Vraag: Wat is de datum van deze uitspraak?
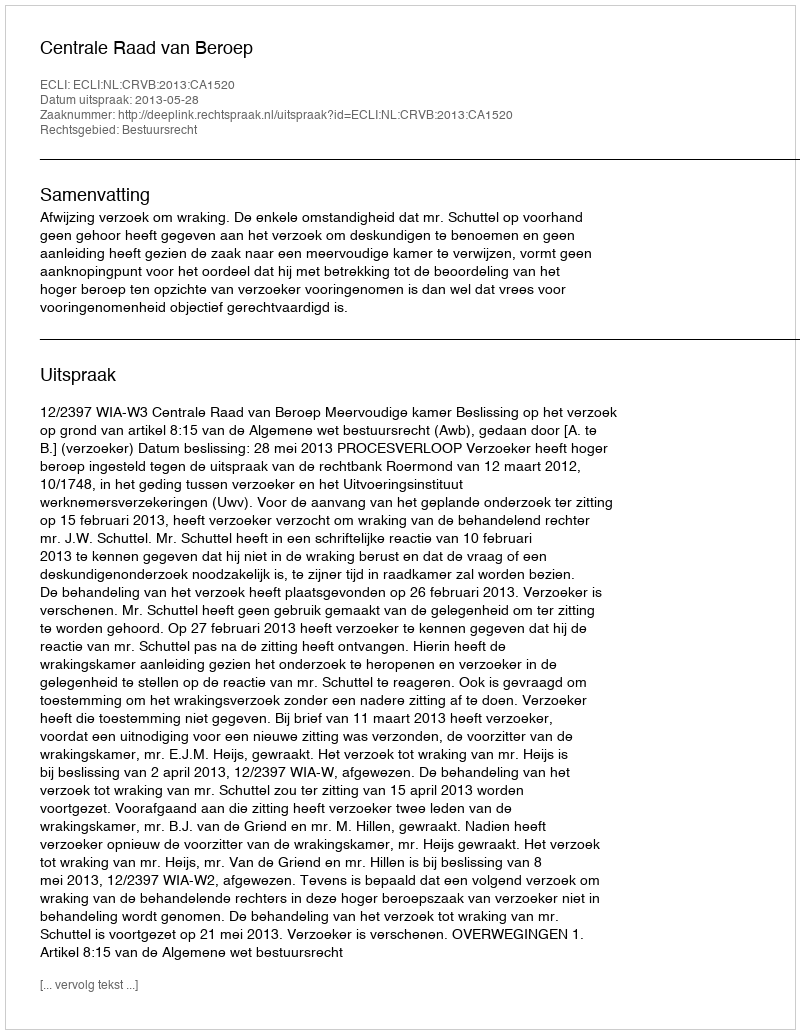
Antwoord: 2013-05-28